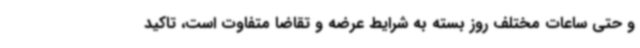
و حتی ساعات مختلف روز بسته به شرایط عرضه و تقاضا متفاوت است، تاکید